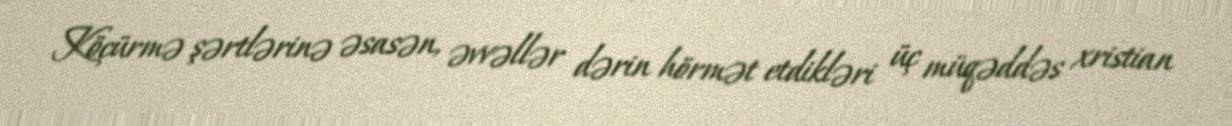
Köçürmə şərtlərinə əsasən, əvvəllər dərin hörmət etdikləri üç müqəddəs xristian